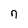
Character: n